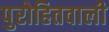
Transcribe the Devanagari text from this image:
पुरोहितवाली